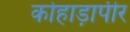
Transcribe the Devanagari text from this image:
कोहाड़ापीर